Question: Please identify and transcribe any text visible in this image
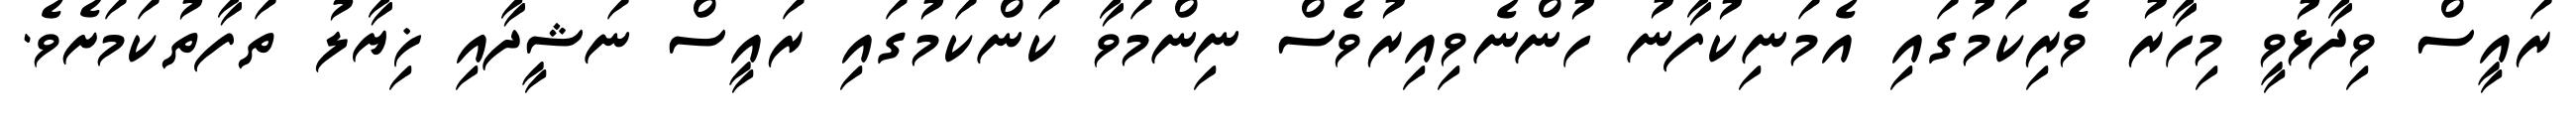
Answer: ރައީސް ވިދާޅުވީ މިހާރު ވެރިކަމުގައި އެމަނިކުފާނު ހުންނެވިއިރުވެސް ނިންމަވާ ކަންކަމުގައި ރައީސް ނަޝީދާއި ޚިޔާލު ތަފާތުކަމަށެވެ.